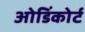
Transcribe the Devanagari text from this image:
ओडिंकोर्ट